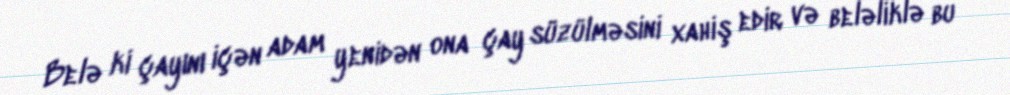
Belə ki çayını içən adam yenidən ona çay süzülməsini xahiş edir və beləliklə bu